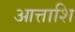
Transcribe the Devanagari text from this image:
आत्ताशि